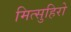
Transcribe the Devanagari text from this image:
मित्सुहिरो